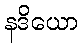
နဒိယော